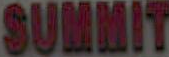
SUMMIT